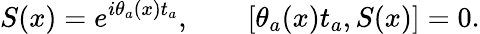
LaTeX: S(x)=e^{i\theta_{a}(x)t_{a}},\qquad[\theta_{a}(x)t_{a},S(x)]=0.